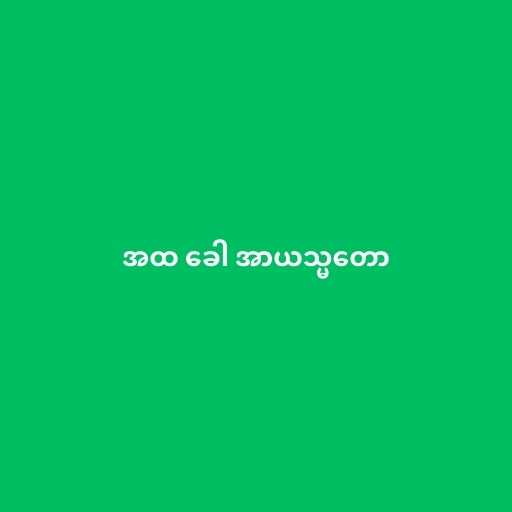
အထ ခေါ အာယသ္မတော